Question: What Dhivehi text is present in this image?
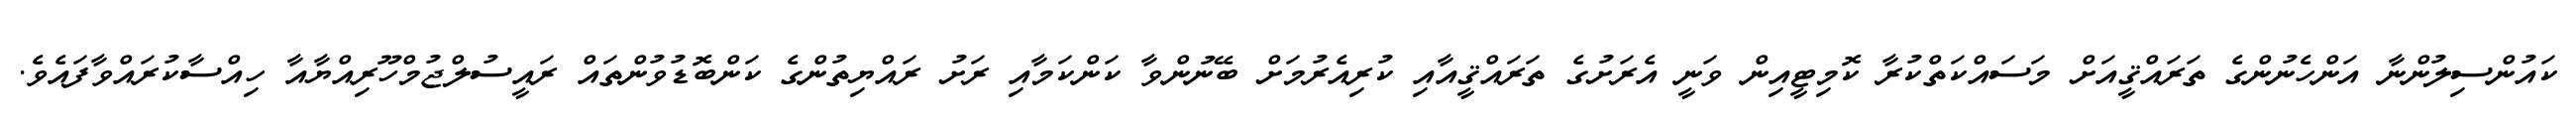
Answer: ކައުންސިލުންނާ އަންހެނުންގެ ތަރައްޤީއަށް މަސައްކަތްކުރާ ކޮމިޓީއިން ވަނީ އެރަށުގެ ތަރައްޤީއާއި ކުރިއެރުމަށް ބޭނުންވާ ކަންކަމާއި ރަށު ރައްޔިތުންގެ ކަންބޮޑުވުންތައް ރައީސުލްޖުމްހޫރިއްޔާއާ ހިއްސާކުރައްވާފައެވެ.